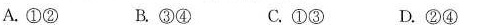
A.①② B.③④ C.①③ D.②④